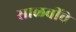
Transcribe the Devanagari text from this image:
साळवींचे